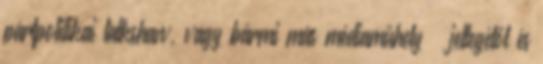
pártpolitikai talkshaw, vagy bármi más médiaműhely – jellegétől és